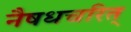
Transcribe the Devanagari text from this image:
नैषधचरित्‌